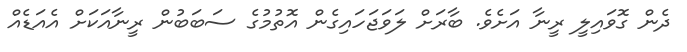
ދެން ގޮވައިލީ ރީނާ އަށެވެ. ބާރަށް ލަވަޖަހައިގެން އޮތުމުގެ ސަބަބުން ރީނާއަކަށް އެއަޑެއް